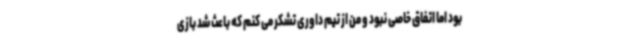
بود اما اتفاق خاصی نبود و من از تیم داوری تشکر می کنم که باعث شد بازی